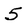
Character: 5